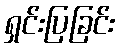
ရှင်းပြခြင်း